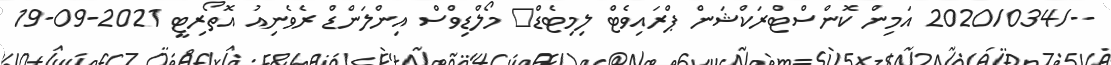
--/2020/034 އަމިން ކޮންސްޓްރަކްޝަން ޕްރައިވެޓް ލިމިޓެޑް	 މޯލްޑިވްސް އިންލަންޑް ރެވެނިއު އޮތޯރިޓީ 2021-09-19